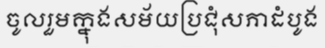
ចូលរួមក្នុងសម័យប្រជុំសភាដំបូង